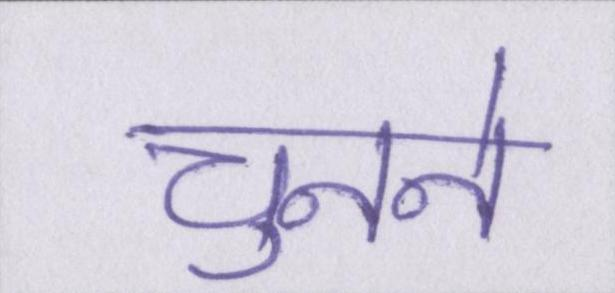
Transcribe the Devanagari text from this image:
चुनने